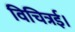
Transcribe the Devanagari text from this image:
विचित्रई।